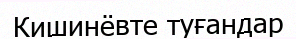
Кишинёвте туғандар